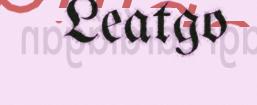
Leatgo